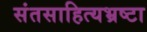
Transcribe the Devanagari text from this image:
संतसाहित्यभ्रष्टा